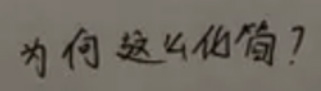
为何这么化简？